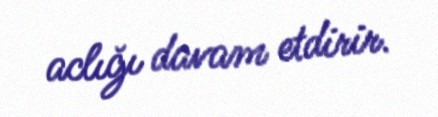
aclığı davam etdirir.